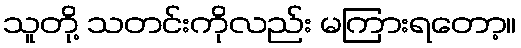
သူတို့ သတင်းကိုလည်း မကြားရတော့။